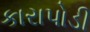
કારાપોડી